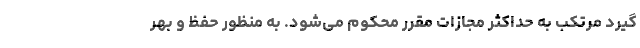
گیرد مرتکب به حداکثر مجازات مقرر محکوم می‌شود. به منظور حفظ و بهر